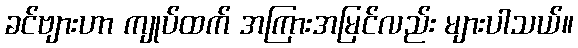
ခင်ဗျားဟာ ကျုပ်ထက် အကြားအမြင်လည်း များပါသယ်။